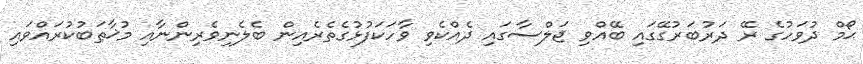
ޙޯމް ދުވަހުގެ ރޭ ދަރުބަރުގޭގައި ބޭއްވި ޖަލްސާގައި ދެއްކެވި ވާހަކަފުޅުގެތެރެއިން ބެލެނިވެރިންނާއި މުޚާޠަބުކުރައްވައި